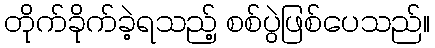
တိုက်ခိုက်ခဲ့ရသည့် စစ်ပွဲဖြစ်ပေသည်။